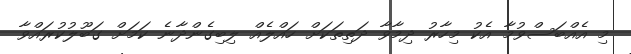
މި އެއްބަސްވުމާ އެކު މިހާރު ދިމާވާ ދަތިތަކަށް ހައްލެއް ލިބިގެންދާނެ ކަމަށް ގަބޫލުކުރައްވާ